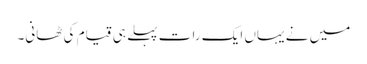
میں نے یہاں ایک رات پہلے ہی قیام کی ٹھانی۔